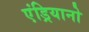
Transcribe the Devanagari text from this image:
एंड्रियानो